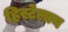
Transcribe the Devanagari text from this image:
हिस्टेलाय